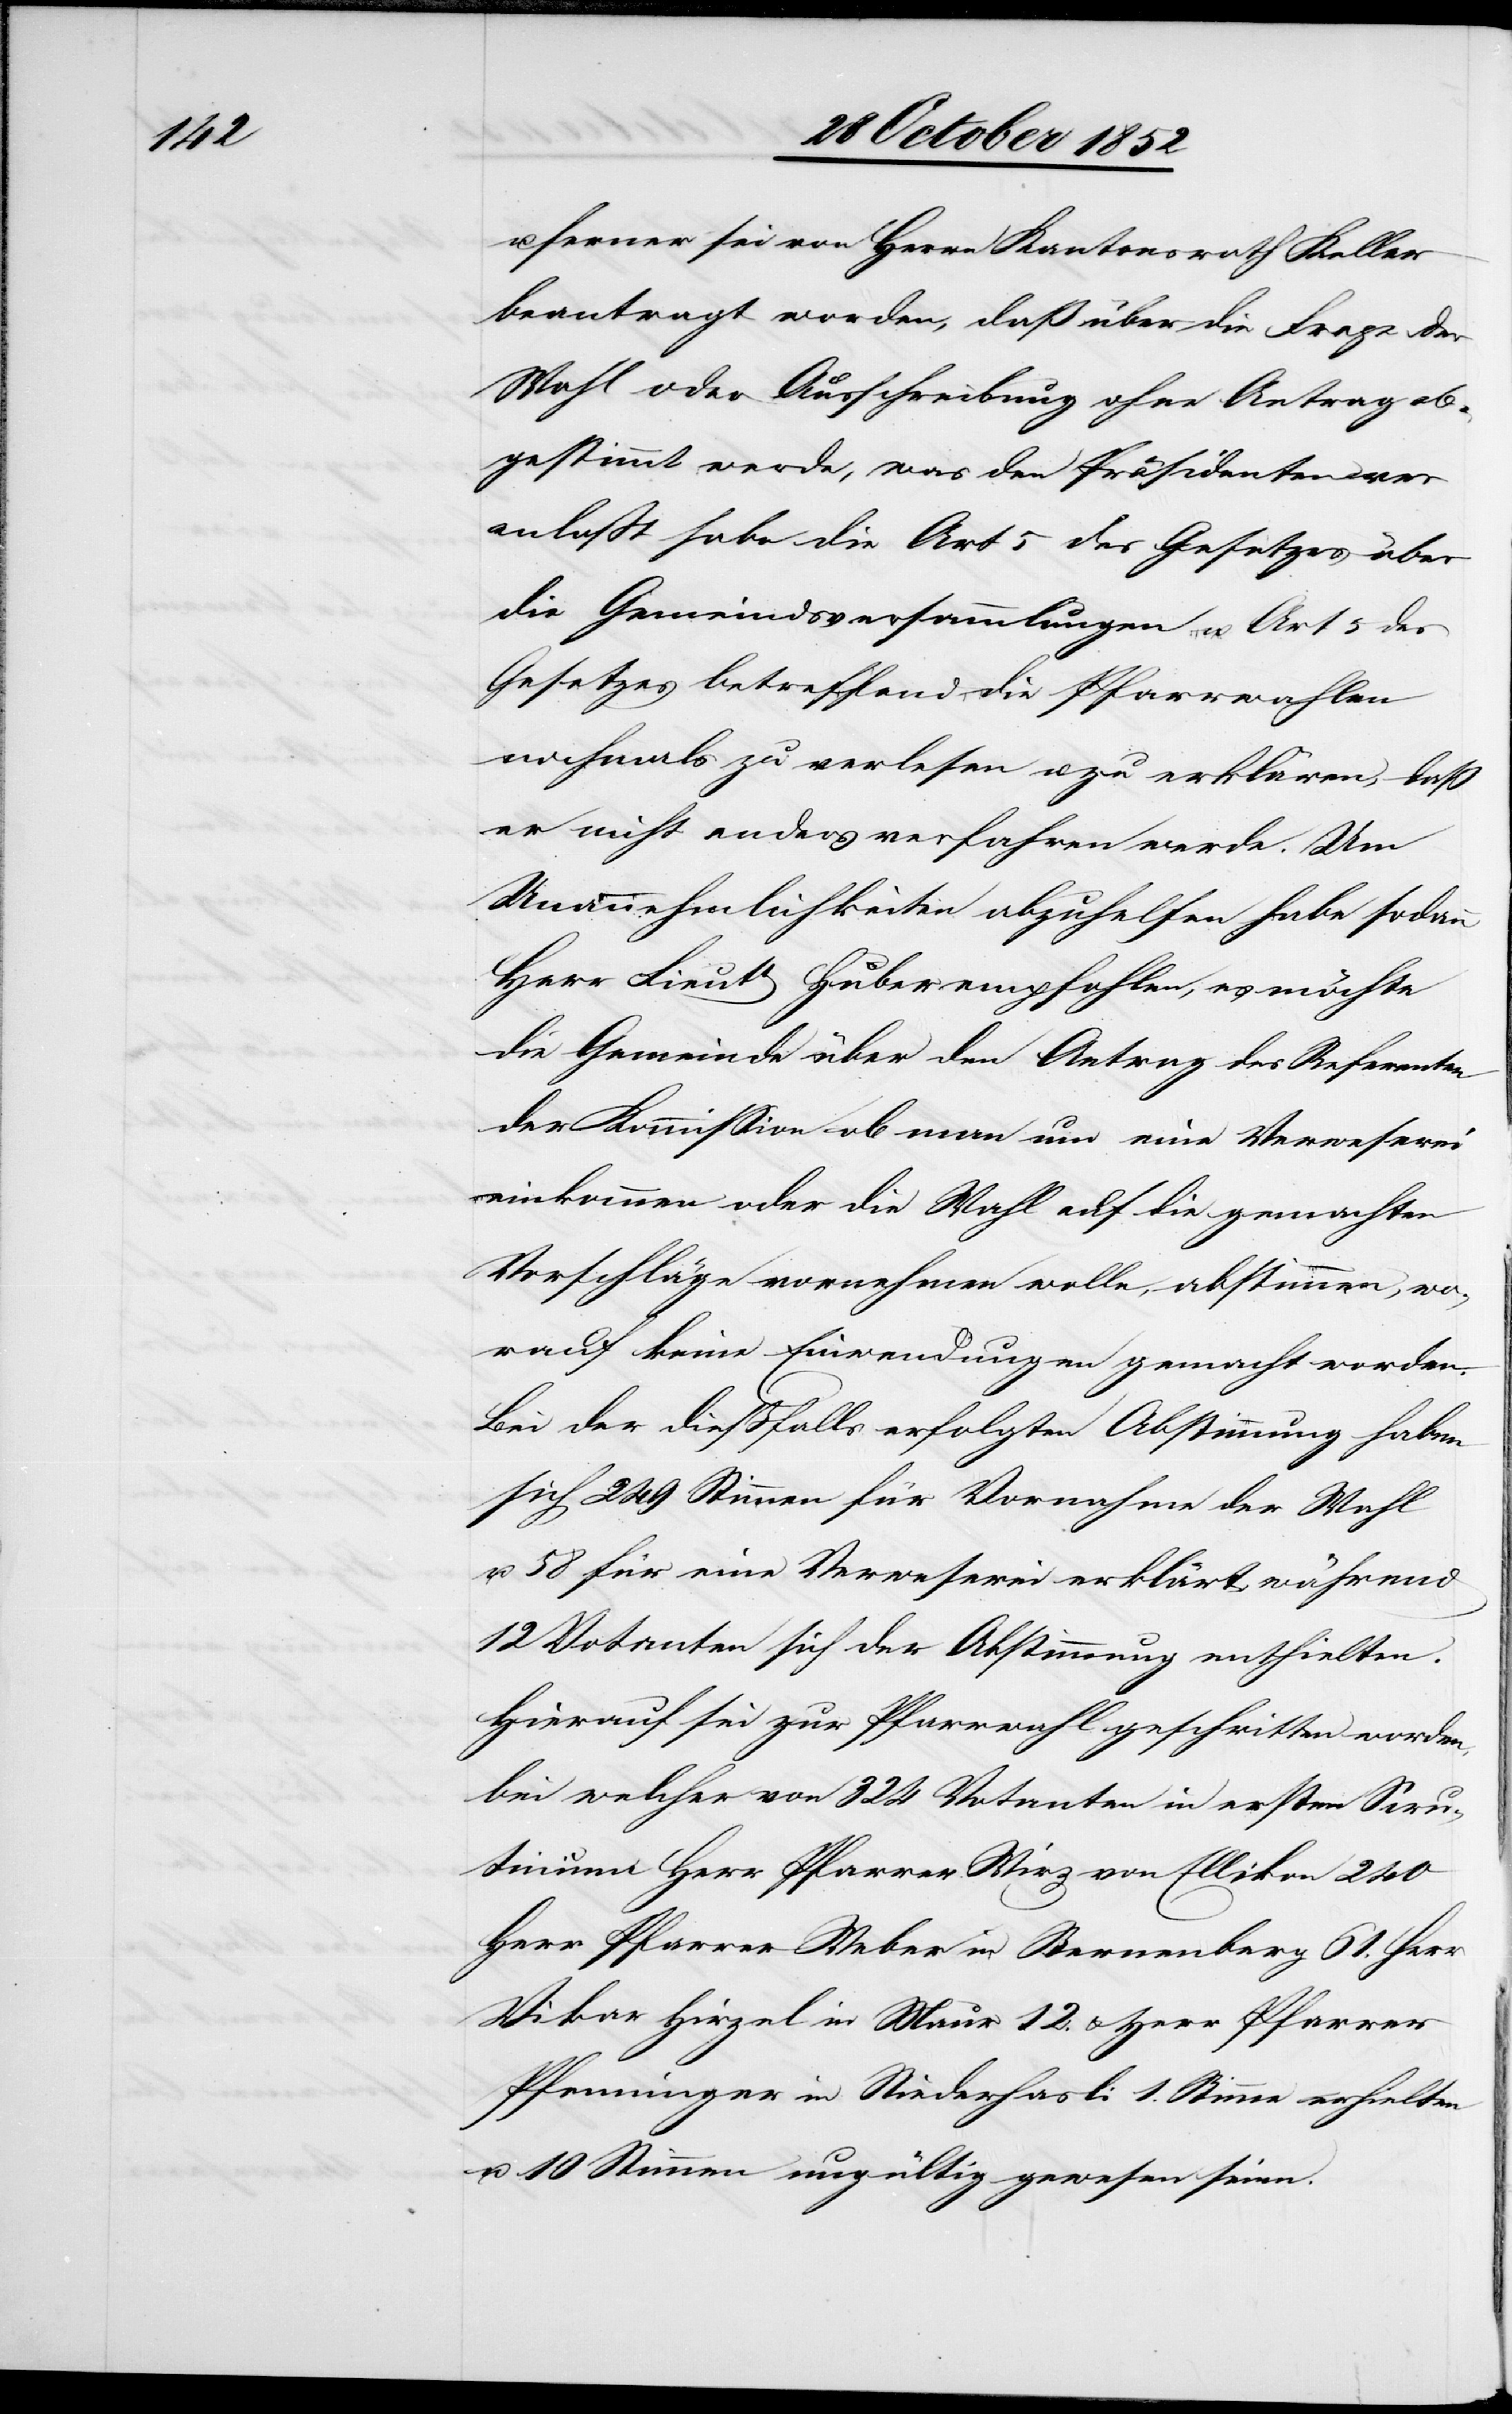
u. ferner sei von Herrn Kantonsrath Keller
beantragt worden, daß über die Frage der
Wahl oder Ausschreibung ohne Antrag ab¬
gestimmt werde, was den Präsidenten ver¬
anlaßt habe die Art 5 des Gesetzes über
die Gemeindsversammlungen u. Art 5 des
Gesetzes betreffend die Pfarrwahlen
nochmals zu verlesen u. zu erklären, daß
er nicht anders verfahren werde. Um
Unannehmlichkeiten abzuhelfen habe sodann
Herr Lieutt Huber empfohlen, es möchte
die Gemeinde über den Antrag des Referenten
der Kommission ob man um eine Verweserei
einkommen oder die Wahl auf die gemachten
Vorschläge vornehmen wolle, abstimmen, wo¬
rauf keine Einwendungen gemacht worden.
Bei der dießfalls erfolgten Abstimmung haben
sich 249 Stimmen für Vornahme der Wahl
u. 58 für eine Verweserei erklärt, während
12 Votanten sich der Abstimmung enthielten.
Hierauf sei zur Pfarrwahl geschritten worden,
bei welcher von 324 Votanten in [sic!] ersten Scrutin¬
ium Herr Pfarrer Wirz von Ellikon 240[,]
Herr Pfarrer Weber in Sternenberg 61.[,] Herr
Vikar Hirzel in Maur 12. & Herr Pfarrer
Pfenninger in Niederhasli 1. Stimme erhielten
u. 10 Stimmen ungültig gewesen seien.